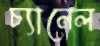
চ্যানেল